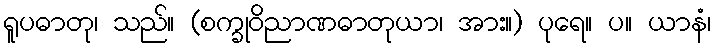
ရူပဓာတု၊ သည်။ (စက္ခုဝိညာဏဓာတုယာ၊ အား။) ပုရေ။ ပ။ ယာနံ၊